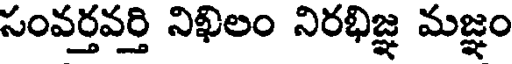
సంవర్తవర్తి నిఖిలం నిరభిజ్ఞ మజ్ఞం